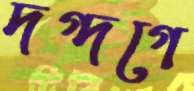
দগ্‌দগে